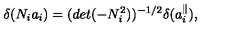
\delta ( N _ { i } a _ { i } ) = ( d e t ( - N _ { i } ^ { 2 } ) ) ^ { - 1 / 2 } \delta ( a _ { i } ^ { \parallel } ) ,